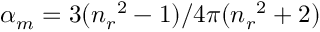
\alpha _ { m } = 3 ( { n _ { r } } ^ { 2 } - 1 ) / 4 \pi ( { { n _ { r } } ^ { 2 } + 2 } )